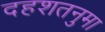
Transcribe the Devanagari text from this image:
दहशतनुमा